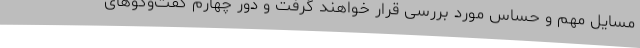
مسایل مهم و حساس مورد بررسی قرار خواهند گرفت و دور چهارم گفت‌وگوهای